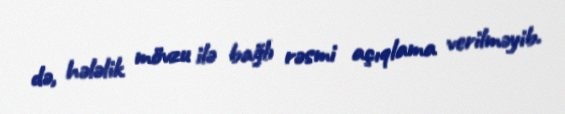
də, hələlik mövzu ilə bağlı rəsmi açıqlama verilməyib.